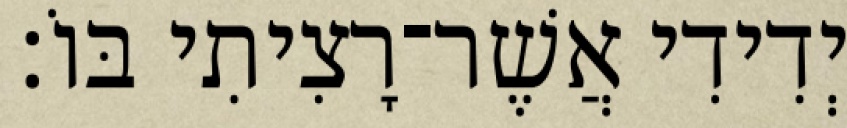
יְדִידִי אֲשֶׁר־רָצִיתִי בּוֹ׃